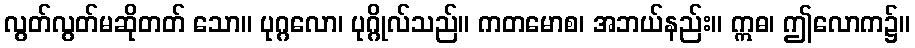
လွတ်လွတ်မဆိုတတ် သော။ ပုဂ္ဂလော၊ ပုဂ္ဂိုလ်သည်။ ကတမောစ၊ အဘယ်နည်း။ ဣဓ၊ ဤလောက၌။